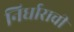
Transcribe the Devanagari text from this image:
निर्धाराची